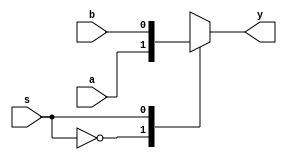
module mux21(a,b,s,y);
	input a,b,s;
	output y;
	reg y;
	always @(a,b,s)
    
        

begin
         case(s)
         1'b0:begin y = a;end
          1'b1:begin y = b;end
          default:begin y = 0;end
          endcase
end
        

	
endmodule